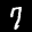
Label: 7